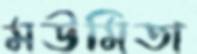
মউমিতা